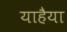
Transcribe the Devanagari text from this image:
याहैया